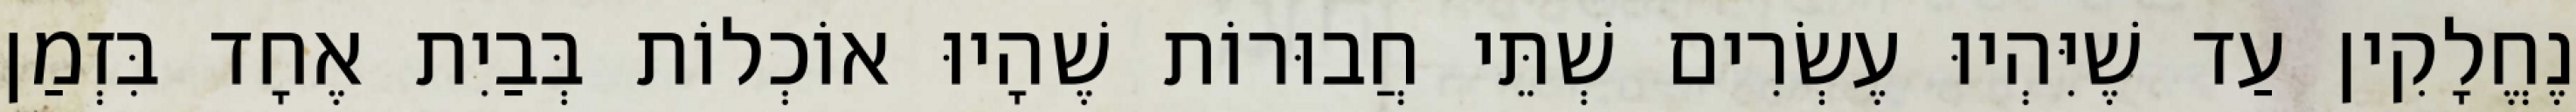
נֶחֱלָקִין עַד שֶׁיִּהְיוּ עֶשְׂרִים שְׁתֵּי חֲבוּרוֹת שֶׁהָיוּ אוֹכְלוֹת בְּבַיִת אֶחָד בִּזְמַן